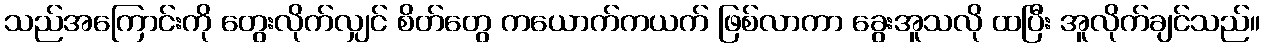
သည်အကြောင်းကို တွေးလိုက်လျှင် စိတ်တွေ ကယောက်ကယက် ဖြစ်လာကာ ခွေးအူသလို ထပြီး အူလိုက်ချင်သည်။